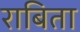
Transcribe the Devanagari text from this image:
राबिता